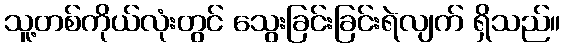
သူ့တစ်ကိုယ်လုံးတွင် သွေးခြင်းခြင်းရဲလျက် ရှိသည်။